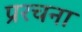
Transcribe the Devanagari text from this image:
प्ररचना